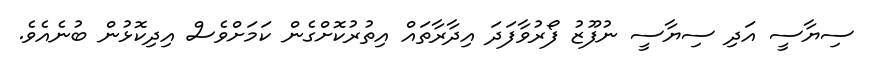
ސިޔާސީ އަދި ސިޔާސީ ނުފޫޒު ފޯރުވާފަދަ އިދާރާތައް އިތުރުކޮށްގެން ކަމަށްވެސް އިދިކޮޅުން ބުނެއެވެ.